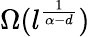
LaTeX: \Omega(l^{\frac{1}{\alpha-d}})